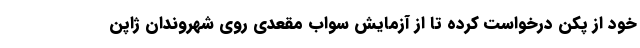
خود از پکن درخواست کرده تا از آزمایش سواب مقعدی روی شهروندان ژاپن